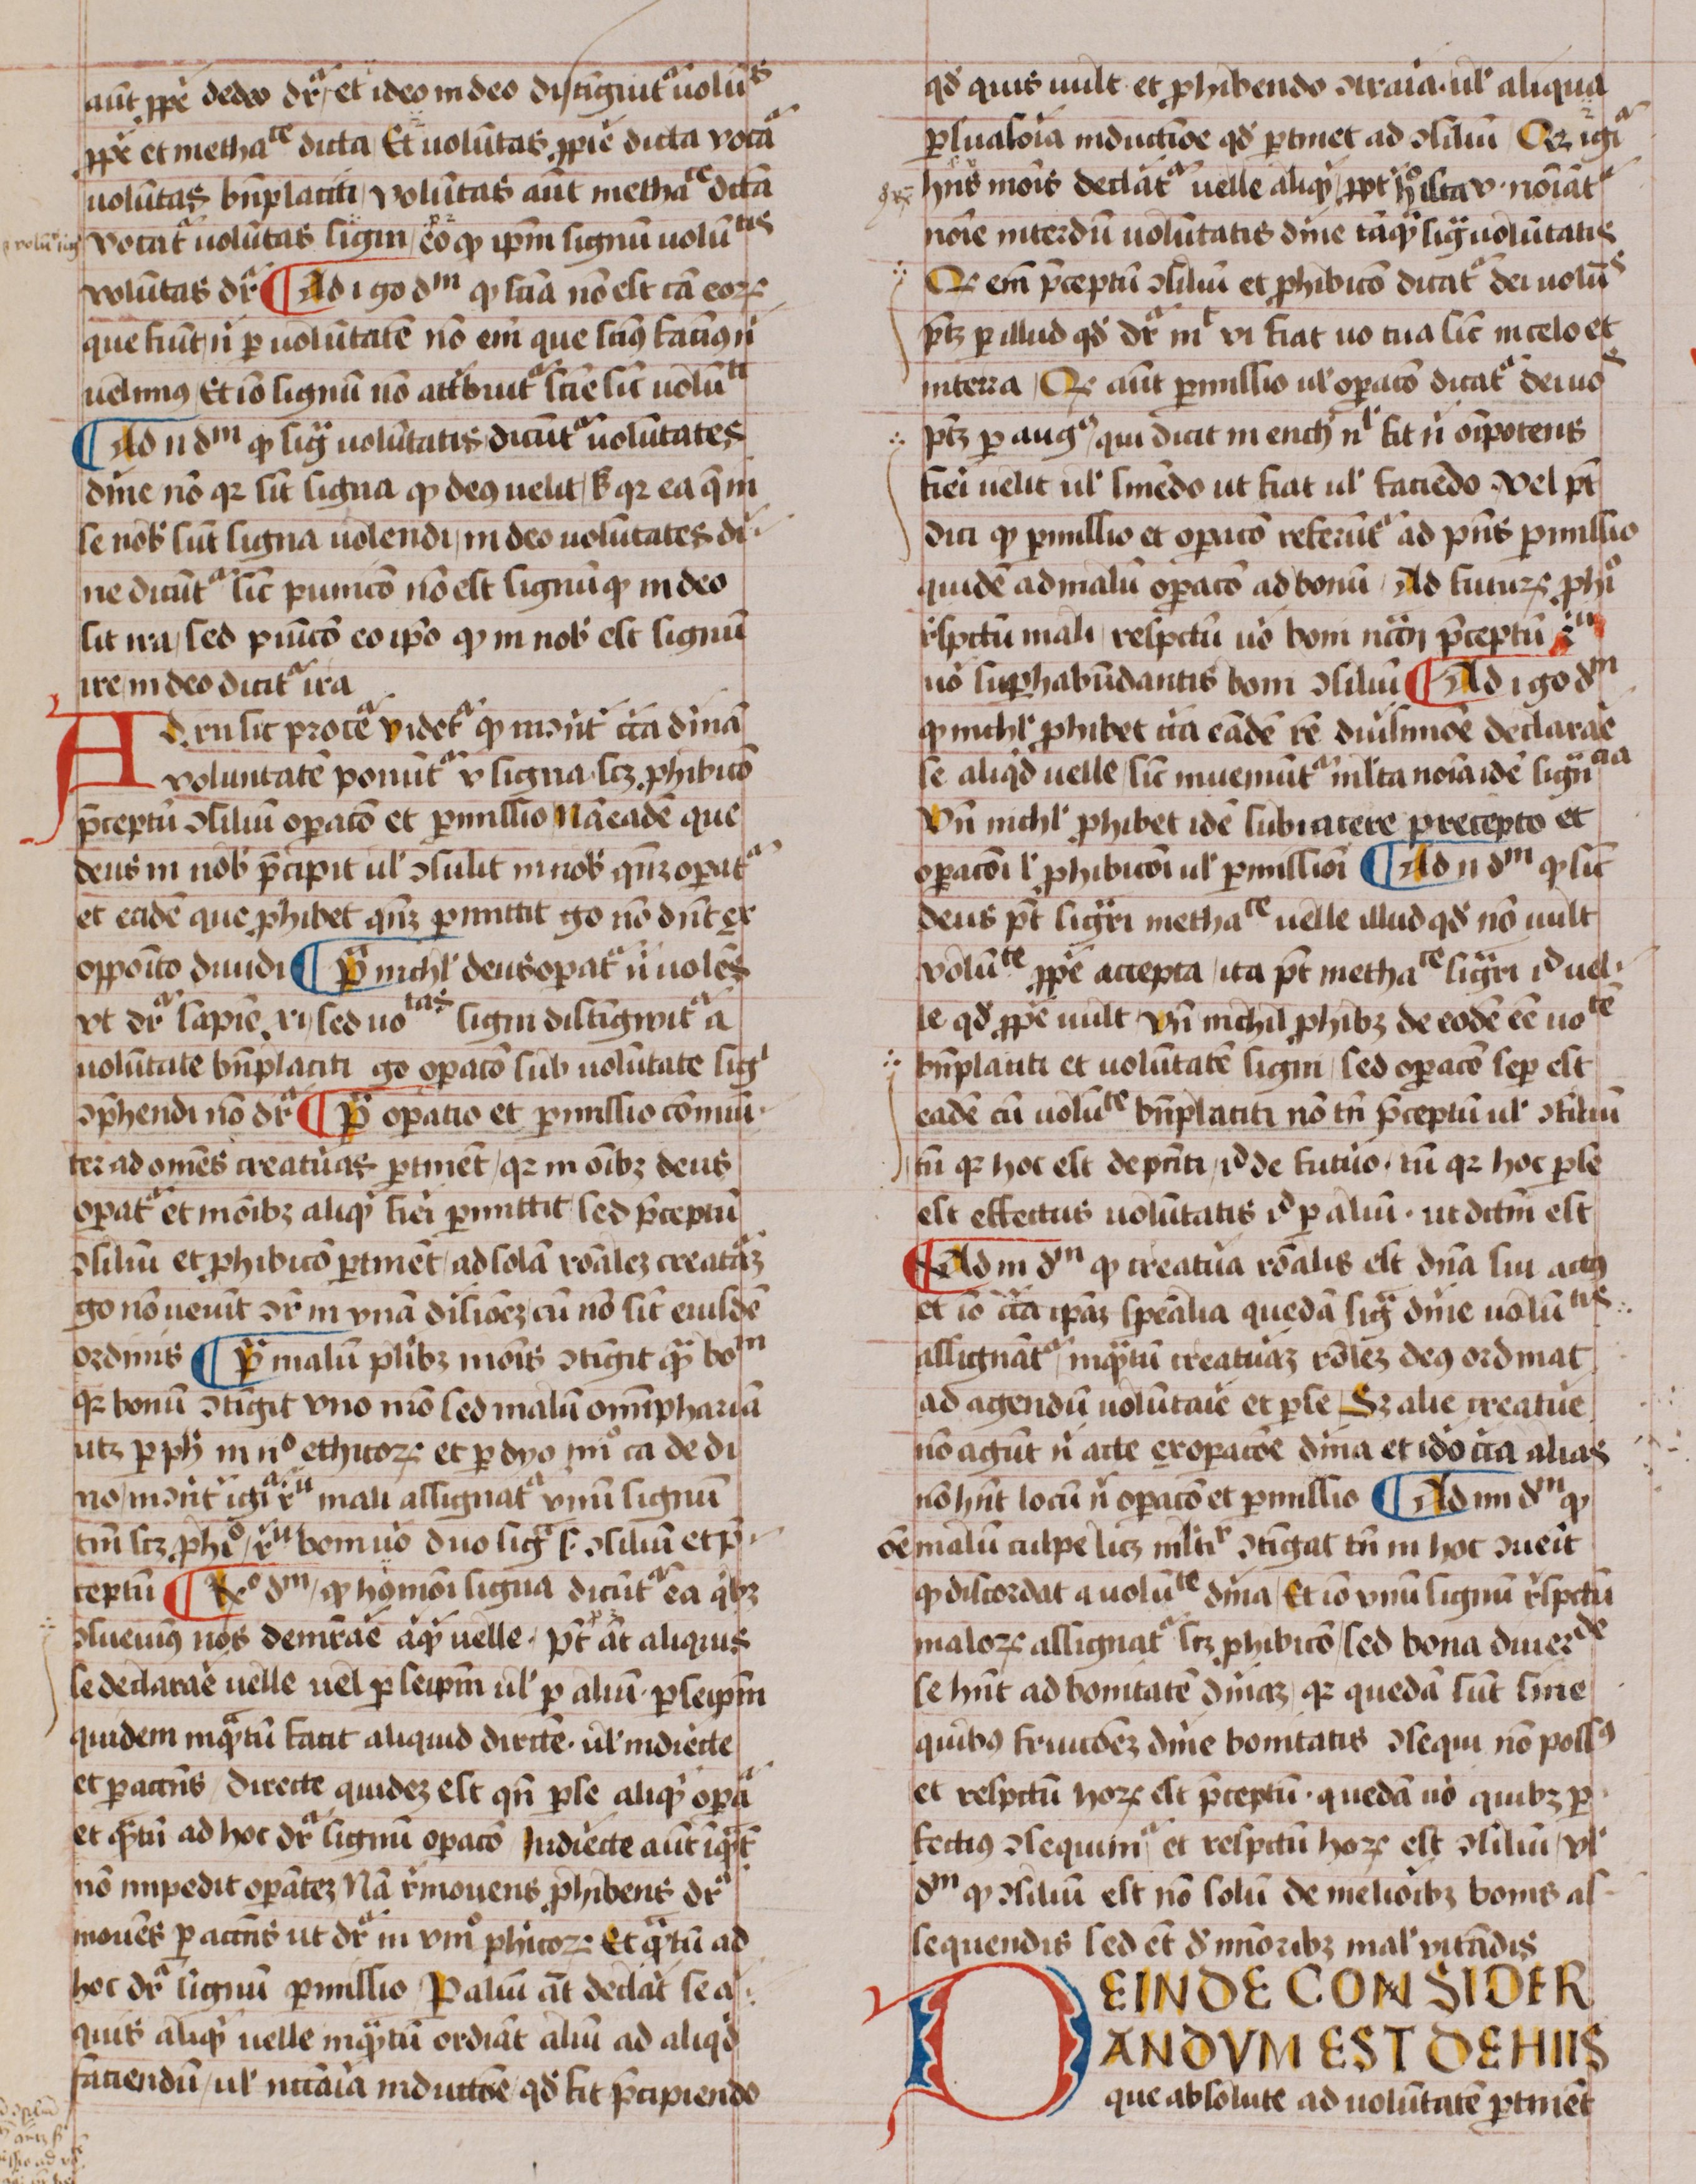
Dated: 1450–1474